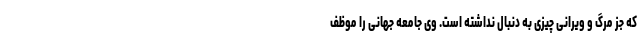
که جز مرگ و ویرانی چیزی به دنبال نداشته است. وی جامعه جهانی را موظف